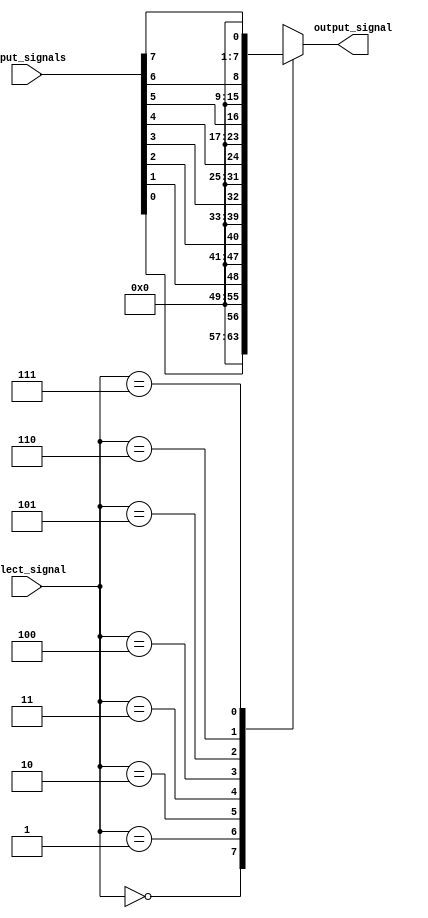
module io_mux_demux_buffer (
    input wire [7:0] input_signals,
    input wire [2:0] select_signal,
    output reg [7:0] output_signal
);

always @ (*) begin
    case (select_signal)
        3'b000: output_signal = input_signals[0];
        3'b001: output_signal = input_signals[1];
        3'b010: output_signal = input_signals[2];
        3'b011: output_signal = input_signals[3];
        3'b100: output_signal = input_signals[4];
        3'b101: output_signal = input_signals[5];
        3'b110: output_signal = input_signals[6];
        3'b111: output_signal = input_signals[7];
        default: output_signal = 8'b00000000;
    endcase
end

endmodule